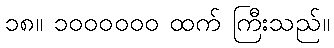
၁၈။ ၁၀၀၀၀၀၀ ထက် ကြီးသည်။